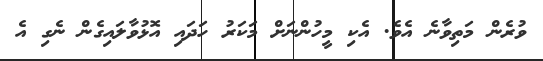
ވުރެން މަތިވާނެ އެވެ. އެކި މީހުންނަށް މަކަރު ހަދައި އޮޅުވާލައިގެން ނެގި އެ